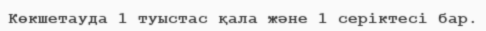
Көкшетауда 1 туыстас қала және 1 серіктесі бар.